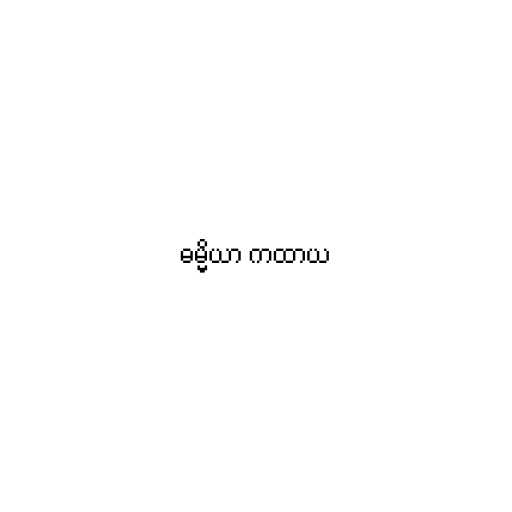
ဓမ္မိယာ ကထာယ